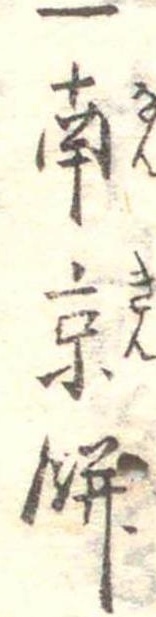
一南京餅